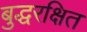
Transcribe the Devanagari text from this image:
बुद्धरक्षित